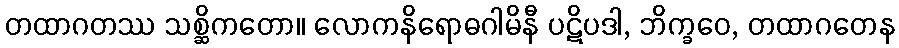
တထာဂတဿ သစ္ဆိကတော။ လောကနိရောဓဂါမိနီ ပဋိပဒါ, ဘိက္ခဝေ, တထာဂတေန